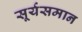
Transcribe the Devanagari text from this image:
सूर्यसमान